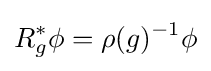
R_{g}^{*}\phi =\rho (g)^{-1}\phi